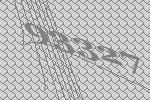
93327